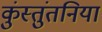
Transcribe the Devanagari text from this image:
कुंस्तुंतनिया